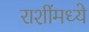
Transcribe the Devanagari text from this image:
राशींमध्ये